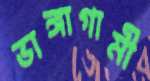
ভাঙ্গাগামী